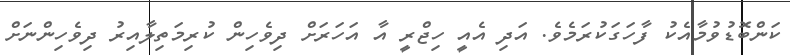
ކަންބޮޑުވުމާއެކު ފާހަގަކުރަމެވެ. އަދި އެއީ ހިޖްރީ އާ އަހަރަށް ދިވެހިން ކުރިމަތިލާއިރު ދިވެހިންނަށް